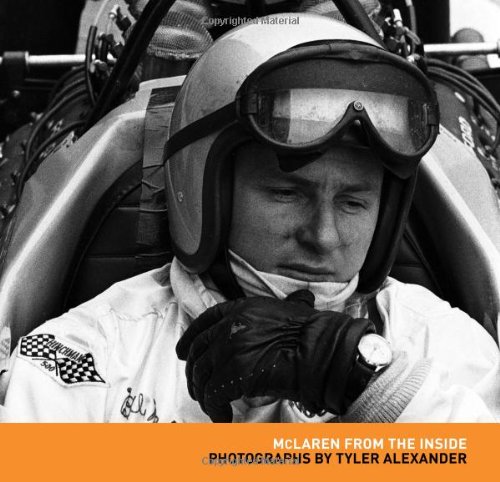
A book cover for McLaren from the Inside: Photographs by Tyler Alexander; Tyler Alexander; Arts & Photography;